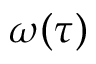
\omega ( \tau )